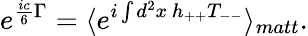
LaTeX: e^{\frac{ic}{6}\Gamma}=\langle e^{i\int d^{2}x~h_{++}T_{--}}\rangle_{matt}.